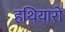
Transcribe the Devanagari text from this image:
हथियारो॑